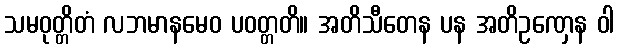
သမဝုတ္တိတံ လဘမာနမေဝ ပဝတ္တတိ။ အတိသီတေန ပန အတိဥဏှေန ဝါ